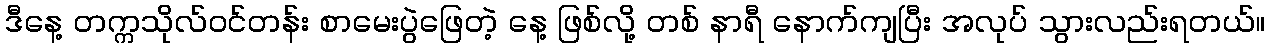
ဒီနေ့ တက္ကသိုလ်ဝင်တန်း စာမေးပွဲဖြေတဲ့ နေ့ ဖြစ်လို့ တစ် နာရီ နောက်ကျပြီး အလုပ် သွားလည်းရတယ်။